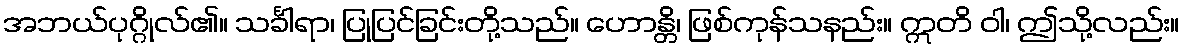
အဘယ်ပုဂ္ဂိုလ်၏။ သင်္ခါရာ၊ ပြုပြင်ခြင်းတို့သည်။ ဟောန္တိ၊ ဖြစ်ကုန်သနည်း။ ဣတိ ဝါ၊ ဤသို့လည်း။